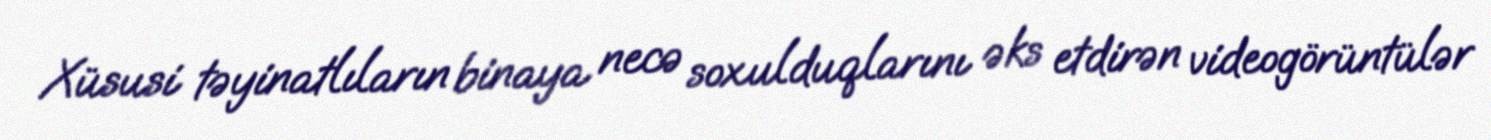
Xüsusi təyinatlıların binaya necə soxulduqlarını əks etdirən videogörüntülər